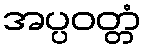
အပ္ပဝတ္တံ